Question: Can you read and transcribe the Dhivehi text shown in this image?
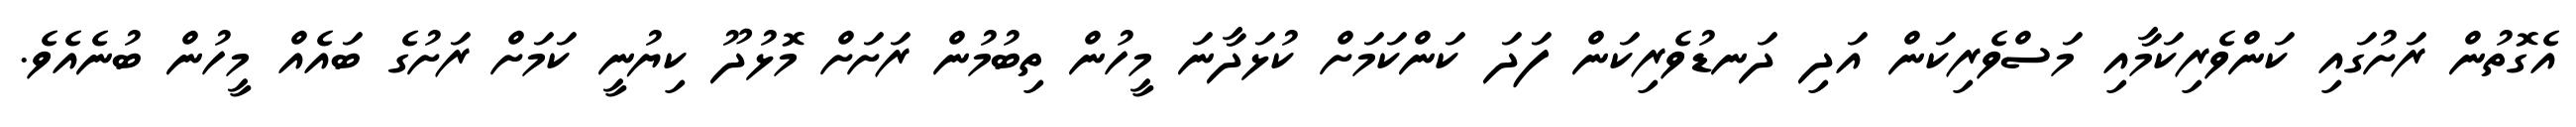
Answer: އެގޮތުން ރަށުގައި ކަންވެރިކަމާއި މަސްވެރިކަން އަދި ދަނޑުވެރިކަން ފަދަ ކަންކަމަށް ކުޅަދާނަ މީހުން ތިބުމުން ރަށަށް މޮޅުދޫ ކިޔުނީ ކަމަށް ރަށުގެ ބައެއް މީހުން ބުނެއެވެ.